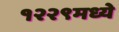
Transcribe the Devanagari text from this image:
१२२९मध्ये